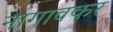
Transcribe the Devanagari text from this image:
नागावकर